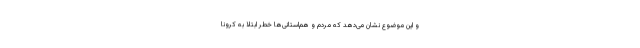
و این موضوع نشان می‌دهد که مردم و هم‌استانی‌ها خطر ابتلا به کرونا